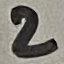
Text: 2